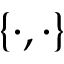
\{ \cdot , \cdot \}